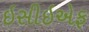
ઇસીઇએફ